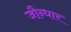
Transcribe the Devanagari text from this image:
जौन्धार